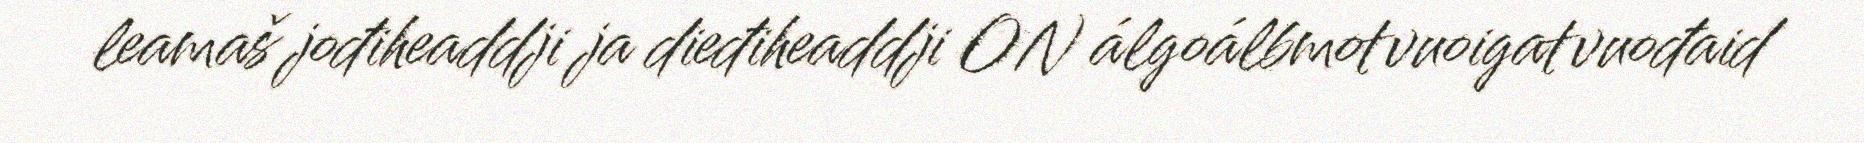
leamaš jođiheaddji ja dieđiheaddji ON álgoálbmotvuoigatvuođaid